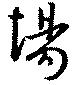
埸